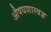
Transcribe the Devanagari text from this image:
औषधशास्त्रज्ञ